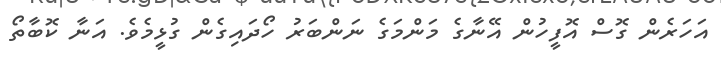
އަހަރެން ގޮސް އޮފީހުން އޭނާގެ މަންމަގެ ނަންބަރު ހޯދައިގެން ގުޅީމެވެ. އަނާ ކޮބާތޯ